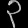
Digit: ၃